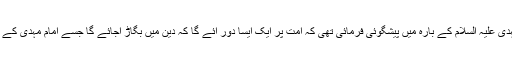
رسول کریم ﷺ نے حضرت امام مہدی علیہ السلام کے بارہ میں پیشگوئی فرمائی تھی کہ امت پر ایک ایسا دور آئے گا کہ دین میں بگاڑ آجائے گا جسے امام مہدی کے سوا کوئی او ر دور نہ کرسکے گا۔